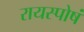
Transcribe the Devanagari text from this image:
रायस्पोषं